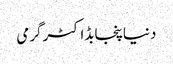
دنیاپنجابڈاکٹرگرمی